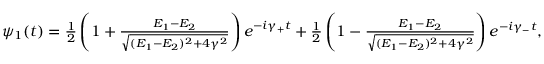
\begin{array} { r } { \psi _ { 1 } ( t ) = \frac { 1 } { 2 } \left( 1 + \frac { E _ { 1 } - E _ { 2 } } { \sqrt { ( E _ { 1 } - E _ { 2 } ) ^ { 2 } + 4 \gamma ^ { 2 } } } \right) e ^ { - i \gamma _ { + } t } + \frac { 1 } { 2 } \left( 1 - \frac { E _ { 1 } - E _ { 2 } } { \sqrt { ( E _ { 1 } - E _ { 2 } ) ^ { 2 } + 4 \gamma ^ { 2 } } } \right) e ^ { - i \gamma _ { - } t } , } \end{array}